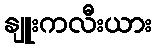
နျူးကလီးယား